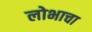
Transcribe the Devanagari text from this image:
लोभाचा